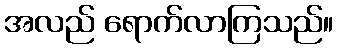
အလည် ရောက်လာကြသည်။